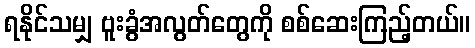
ရနိုင်သမျှ ဗူးခွံအလွတ်တွေကို စစ်ဆေးကြည့်တယ်။